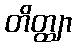
တိတ္ထျာ